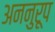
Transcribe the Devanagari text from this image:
अननुरूप